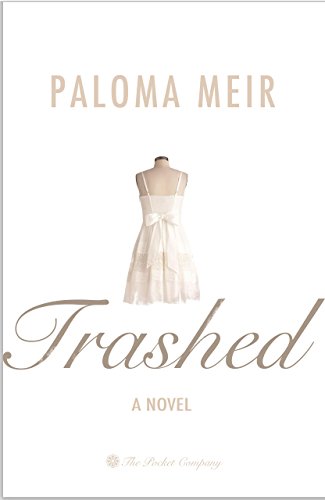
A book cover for Trashed; Paloma Meir; Teen & Young Adult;